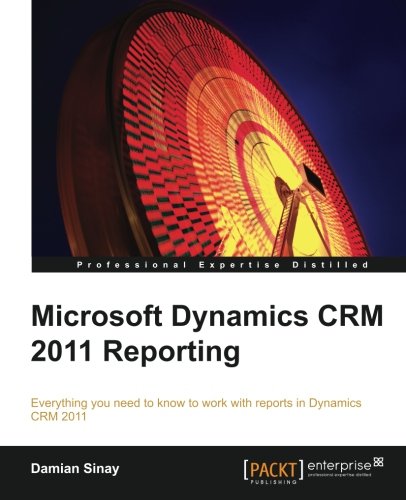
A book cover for Microsoft Dynamics CRM 2011 Reporting and Business Intelligence; Damian Sinay; Computers & Technology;